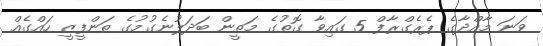
ވަނަ މާއްދާގެ ޕެރެގްރާފް 5 ގައިވާ ގޮތުގެ މަތީން ބަދަލުނެގުމުގެ ތަންފީޒީ ހައްގެއް